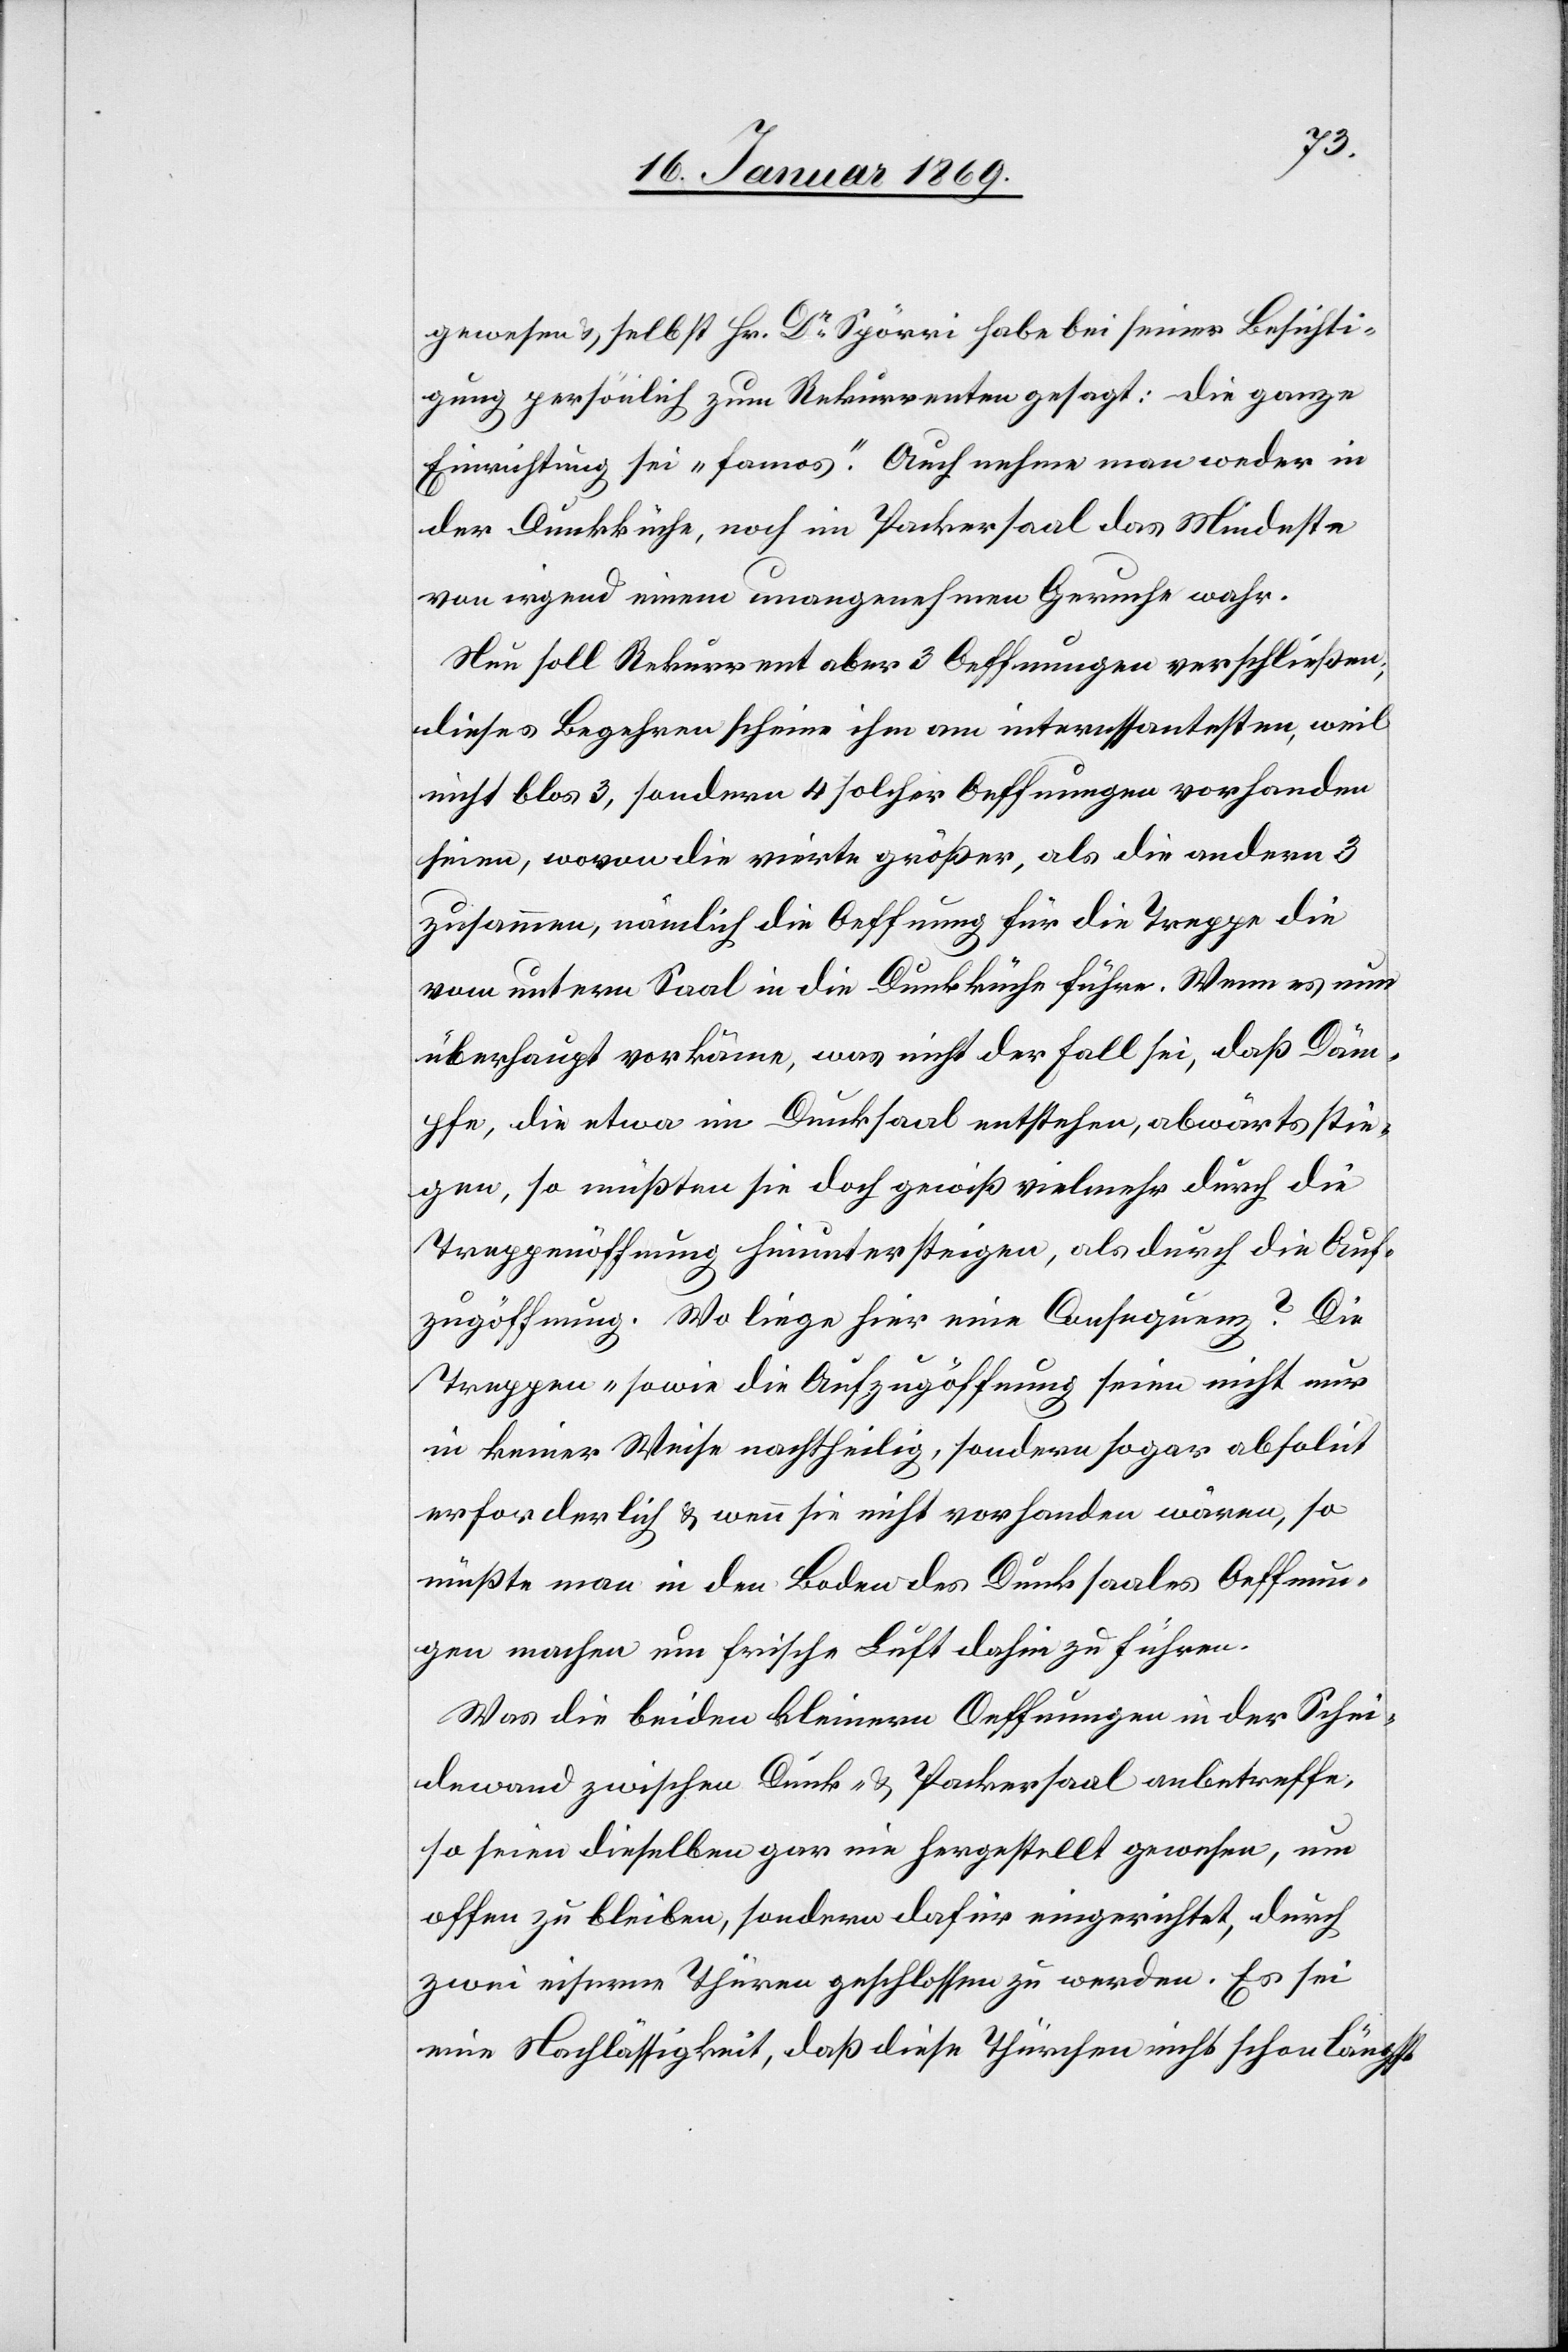
gewesen u. selbst Hr. Dr Spörri habe bei seiner Besichti¬
gung persönlich zum Rekurrenten gesagt: Die ganze
Einrichtung sei „famos“. Auch nehme man weder in
der Dunkküche, noch im Packersaal das Mindeste
von irgend einem unangenehmen Geruche wahr.
Nun soll Rekurrent aber 3 Oeffnungen verschliessen;
dieses Begehren scheine ihm am interessantesten, weil
nicht blos 3, sondern 4 solche Oeffnungen vorhanden
seien, wovon die vierte größer, als die andern 3
zusammen, nämlich die Oeffnung für die Treppe die
vom untern Saal in die Dunkküche führe. Wenn es nun
überhaupt vorkäme, was nicht der Fall sei, daß Däm¬
pfe, die etwa im Dunksaal entstehen, abwärts stie¬
gen, so müßten sie doch gewiß vielmehr durch die
Treppenöffnung hinunter steigen, als durch die Auf¬
zugsöffnung. Wo liege hier eine Consequenz? Die
Treppen, sowie die Aufzugsöffnung seien nicht nur
in keiner Weise nachtheilig, sondern sogar absolut
erforderlich u. wenn sie nicht vorhanden wären, so
müßte man in den Boden des Dunksaales Oeffnun¬
gen machen um frische Luft dahin zu führen.
Was die beiden kleinern Oeffnungen in der Schei¬
dewand zwischen Dunk- u. Packersaal anbetreffe,
so seien dieselben gar nie hergestellt gewesen, um
offen zu bleiben, sondern dafür eingerichtet, durch
zwei eiserne Thüren geschlossen zu werden. Es sei
eine Nachlässigkeit, daß diese Thürchen nicht schon längst